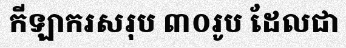
កីឡាករសរុប ៣០រូប ដែលជា